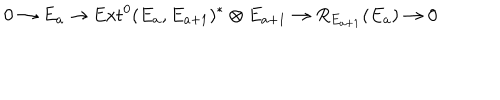
LaTeX: 0 \rightarrow E _ { a } \rightarrow \mathrm { E x t } ^ { 0 } ( E _ { a } , E _ { a + 1 } ) ^ { * } \otimes E _ { a + 1 } \rightarrow R _ { E _ { a + 1 } } ( E _ { a } ) \rightarrow 0